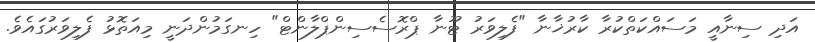
އަދި ސިނާއީ މަސައްކަތްކުރާ ކާރުޚާނާ "ފެލިވަރު ޓޫނާ ޕްރޮސެސިންޕްލާންޓް" ހިނގަމުންދަނީ މިއަތޮޅު ފެލިވަރުގައެވެ.